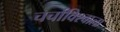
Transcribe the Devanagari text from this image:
चर्चाविश्वाला